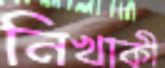
নিখাকী